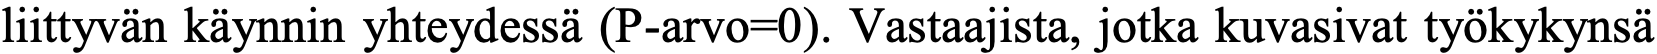
liittyvän käynnin yhteydessä (P-arvo=0). Vastaajista, jotka kuvasivat työkykynsä